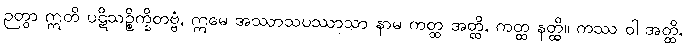
ဉတွာ ဣတိ ပဋိသဉ္စိက္ခိတဗ္ဗံ, ဣမေ အဿာသပဿာသာ နာမ ကတ္ထ အတ္ထိ, ကတ္ထ နတ္ထိ။ ကဿ ဝါ အတ္ထိ,